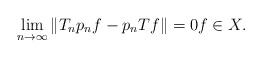
LaTeX: \begin{align*}\lim_{n \to \infty} \|T_n p_n f - p_n T f \| = 0 f \in X.\end{align*}